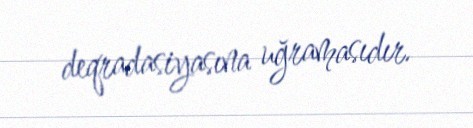
deqradasiyasına uğramasıdır.